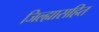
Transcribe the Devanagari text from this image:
जिल्ह्यासहित